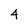
Character: 4